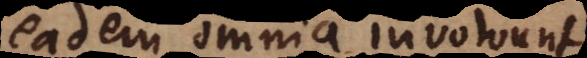
eadem omnia involvunt.